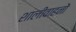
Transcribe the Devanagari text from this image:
शालीवाहनों